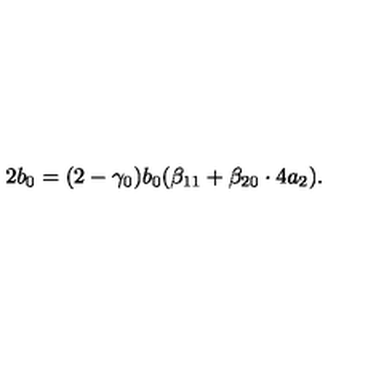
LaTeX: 2 b _ { 0 } = ( 2 - \gamma _ { 0 } ) b _ { 0 } ( \beta _ { 1 1 } + \beta _ { 2 0 } \cdot 4 a _ { 2 } ) .